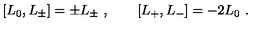
[ L _ { 0 } , L _ { \pm } ] = \pm L _ { \pm } \ , \qquad [ L _ { + } , L _ { - } ] = - 2 L _ { 0 } \ .